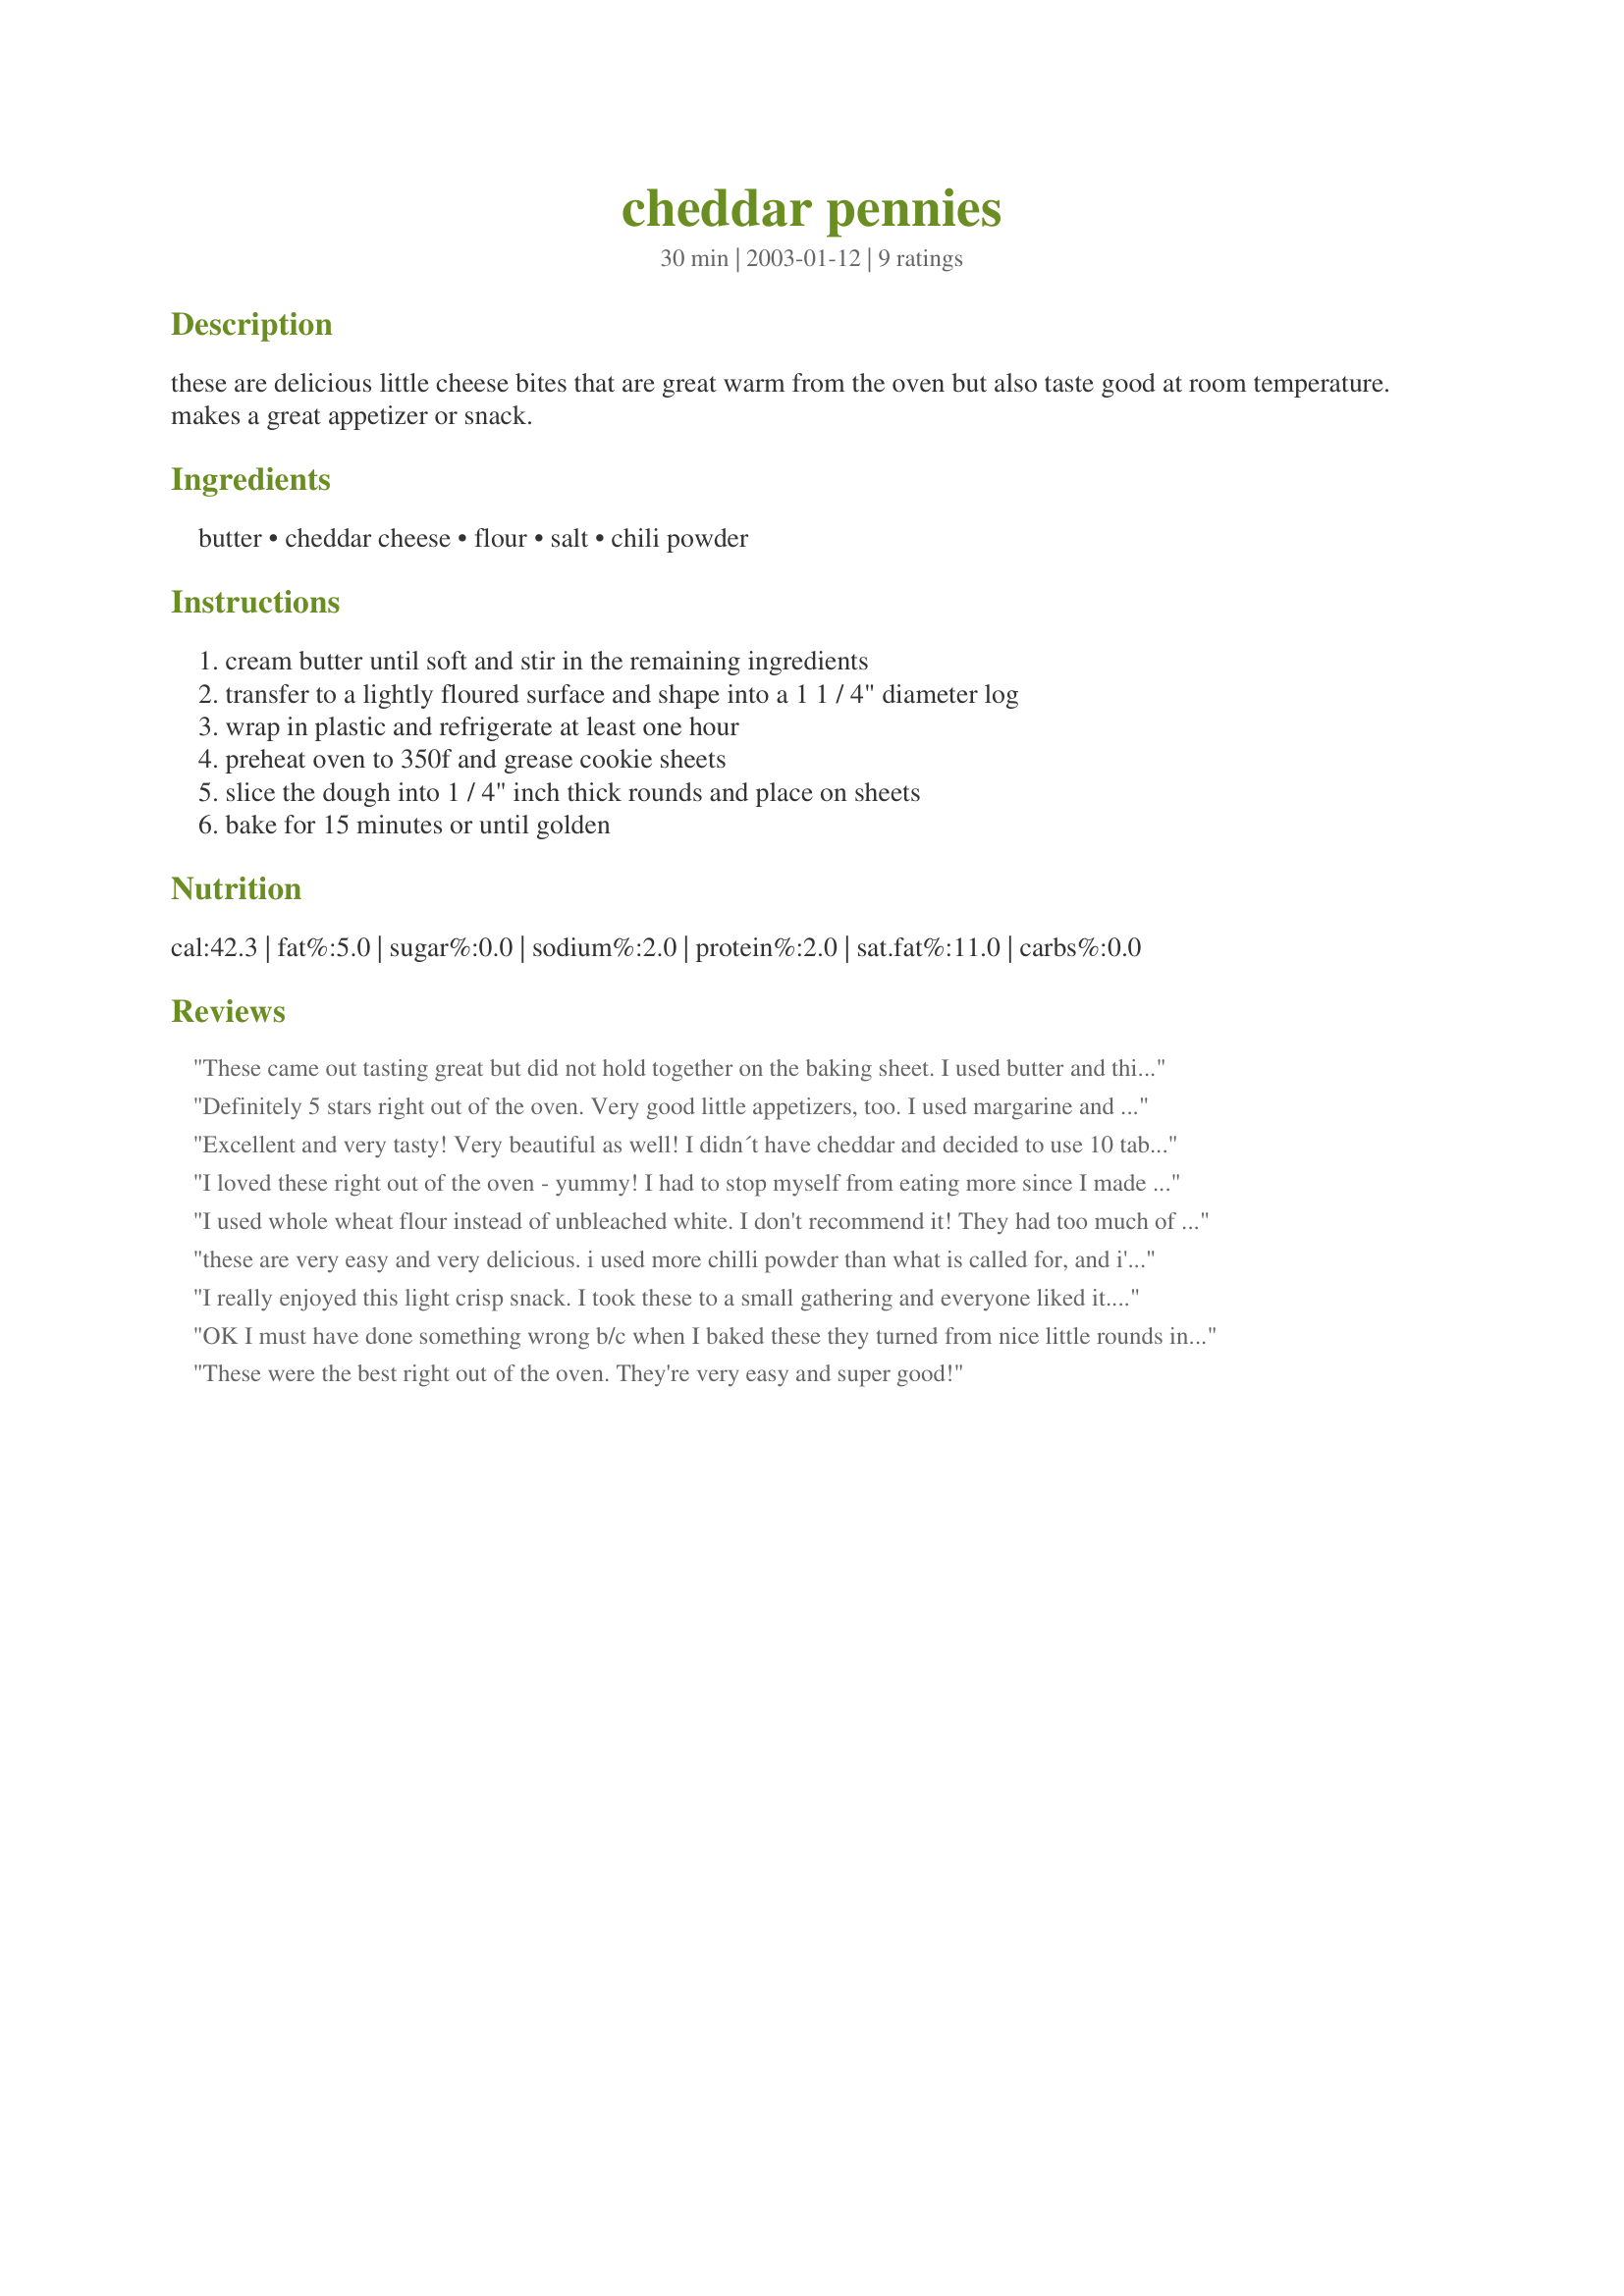
cheddar pennies
Preparation time: 30 minutes

these are delicious little cheese bites that are great warm from the oven but also taste good at room temperature. makes a great appetizer or snack.

Ingredients:
butter, cheddar cheese, flour, salt, chili powder

Steps:
cream butter until soft and stir in the remaining ingredients, transfer to a lightly floured surface and shape into a 1 1 / 4" diameter log, wrap in plastic and refrigerate at least one hour, preheat oven to 350f and grease cookie sheets, slice the dough into 1 / 4" inch thick rounds and place on sheets, bake for 15 minutes or until golden

Reviews:
These came out tasting great but did not hold together on the baking sheet. I used butter and think next time I will use margarine. Tasty! Thanks. Maybe I cooked them too long?
Definitely 5 stars right out of the oven. Very good little appetizers, too. I used margarine and baked them for exactly 15 mintues. Heavenly! They were still pretty good the next day, too.
 Excellent and very tasty! Very beautiful as well! I didn´t have cheddar and decided to use 10 tablespoon of grated parmesan instead. I added a couple of tablespoon of cold water to compensate the lack of moisture, and I got very nice golden little cookies! I didn´t use any baking sheet either, I just put the rounds in a non greased baking tray and they came out fine. Thanks for posting!!
I loved these right out of the oven - yummy! I had to stop myself from eating more since I made these for the kid's after school snack. To my surprise they did not like them as much as I did but they thought they were ok. That's fine though, all the more for me. Next time, I will double the recipe and add a bit of garlic to half the batch. As suggested by another reviewer, definitely need to drain on paper towels. Thx Karen for the delicious and simple snack.
I used whole wheat flour instead of unbleached white. I don't recommend it! They had too much of a flour taste. Great spicy with extra chili powder.
these are very easy and very delicious. i used more chilli powder than what is called for, and i'm so glad i did, cause i just love spicy stuff. i baked them for 18 minutes, as i prefer crispier results. thanks, karen for the wonderful recipe! my bf loves these, he doesn't really have a sweet tooth, the weirdo!
I really enjoyed this light crisp snack. I took these to a small gathering and everyone liked it. I do recommend 2 things.
1) Make a double batch :)
2) Drain the pennies on paper towels after baking.
OK I must have done something wrong b/c when I baked these they turned from nice little rounds into a big cheese sheetcake. They completely flattened out and spread everywhere. I chilled them overnight and didn't grease the cookie sheet, but I had a heck of a mess. They tasted great-kind of like CheezeNips- but they were not pretty at all. I cut them into squares.
These were the best right out of the oven. They're very easy and super good!
